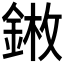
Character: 𨨦